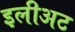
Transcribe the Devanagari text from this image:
इलीअट